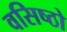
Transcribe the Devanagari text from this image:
वसिष्ठो